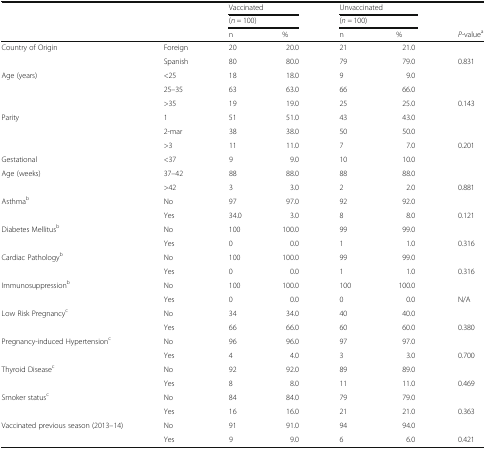
<table><thead><tr><td colspan="2" rowspan="3">[EMPTY_CELL]</td><td colspan="2"><b>Vaccinated</b></td><td colspan="2"><b>Unvaccinated</b></td><td rowspan="2">[EMPTY_CELL]</td></tr><tr><td colspan="2"><b>(<i>n =</i> 100)</b></td><td colspan="2"><b>(<i>n =</i> 100)</b></td></tr><tr><td><b>n</b></td><td><b>%</b></td><td><b>n</b></td><td><b>%</b></td><td><b><i>P-</i>value<sup>a</sup></b></td></tr></thead><tbody><tr><td rowspan="2">Country of Origin</td><td>Foreign</td><td>20</td><td>20.0</td><td>21</td><td>21.0</td><td>[EMPTY_CELL]</td></tr><tr><td>Spanish</td><td>80</td><td>80.0</td><td>79</td><td>79.0</td><td>0.831</td></tr><tr><td rowspan="3">Age (years)</td><td>&lt;25</td><td>18</td><td>18.0</td><td>9</td><td>9.0</td><td>[EMPTY_CELL]</td></tr><tr><td>25–35</td><td>63</td><td>63.0</td><td>66</td><td>66.0</td><td>[EMPTY_CELL]</td></tr><tr><td>&gt;35</td><td>19</td><td>19.0</td><td>25</td><td>25.0</td><td>0.143</td></tr><tr><td rowspan="3">Parity</td><td>1</td><td>51</td><td>51.0</td><td>43</td><td>43.0</td><td>[EMPTY_CELL]</td></tr><tr><td>2-mar</td><td>38</td><td>38.0</td><td>50</td><td>50.0</td><td>[EMPTY_CELL]</td></tr><tr><td>&gt;3</td><td>11</td><td>11.0</td><td>7</td><td>7.0</td><td>0.201</td></tr><tr><td>Gestational</td><td>&lt;37</td><td>9</td><td>9.0</td><td>10</td><td>10.0</td><td>[EMPTY_CELL]</td></tr><tr><td>Age (weeks)</td><td>37–42</td><td>88</td><td>88.0</td><td>88</td><td>88.0</td><td>[EMPTY_CELL]</td></tr><tr><td>[EMPTY_CELL]</td><td>&gt;42</td><td>3</td><td>3.0</td><td>2</td><td>2.0</td><td>0.881</td></tr><tr><td>Asthma<sup>b</sup></td><td>No</td><td>97</td><td>97.0</td><td>92</td><td>92.0</td><td>[EMPTY_CELL]</td></tr><tr><td>[EMPTY_CELL]</td><td>Yes</td><td>34.0</td><td>3.0</td><td>8</td><td>8.0</td><td>0.121</td></tr><tr><td>Diabetes Mellitus<sup>b</sup></td><td>No</td><td>100</td><td>100.0</td><td>99</td><td>99.0</td><td>[EMPTY_CELL]</td></tr><tr><td>[EMPTY_CELL]</td><td>Yes</td><td>0</td><td>0.0</td><td>1</td><td>1.0</td><td>0.316</td></tr><tr><td>Cardiac Pathology<sup>b</sup></td><td>No</td><td>100</td><td>100.0</td><td>99</td><td>99.0</td><td>[EMPTY_CELL]</td></tr><tr><td>[EMPTY_CELL]</td><td>Yes</td><td>0</td><td>0.0</td><td>1</td><td>1.0</td><td>0.316</td></tr><tr><td>Immunosuppression<sup>b</sup></td><td>No</td><td>100</td><td>100.0</td><td>100</td><td>100.0</td><td>[EMPTY_CELL]</td></tr><tr><td>[EMPTY_CELL]</td><td>Yes</td><td>0</td><td>0.0</td><td>0</td><td>0.0</td><td>N/A</td></tr><tr><td>Low Risk Pregnancy<sup>c</sup></td><td>No</td><td>34</td><td>34.0</td><td>40</td><td>40.0</td><td>[EMPTY_CELL]</td></tr><tr><td>[EMPTY_CELL]</td><td>Yes</td><td>66</td><td>66.0</td><td>60</td><td>60.0</td><td>0.380</td></tr><tr><td>Pregnancy-induced Hypertension<sup>c</sup></td><td>No</td><td>96</td><td>96.0</td><td>97</td><td>97.0</td><td>[EMPTY_CELL]</td></tr><tr><td>[EMPTY_CELL]</td><td>Yes</td><td>4</td><td>4.0</td><td>3</td><td>3.0</td><td>0.700</td></tr><tr><td>Thyroid Disease<sup>c</sup></td><td>No</td><td>92</td><td>92.0</td><td>89</td><td>89.0</td><td>[EMPTY_CELL]</td></tr><tr><td>[EMPTY_CELL]</td><td>Yes</td><td>8</td><td>8.0</td><td>11</td><td>11.0</td><td>0.469</td></tr><tr><td>Smoker status<sup>c</sup></td><td>No</td><td>84</td><td>84.0</td><td>79</td><td>79.0</td><td>[EMPTY_CELL]</td></tr><tr><td>[EMPTY_CELL]</td><td>Yes</td><td>16</td><td>16.0</td><td>21</td><td>21.0</td><td>0.363</td></tr><tr><td>Vaccinated previous season (2013–14)</td><td>No</td><td>91</td><td>91.0</td><td>94</td><td>94.0</td><td>[EMPTY_CELL]</td></tr><tr><td>[EMPTY_CELL]</td><td>Yes</td><td>9</td><td>9.0</td><td>6</td><td>6.0</td><td>0.421</td></tr></tbody></table>